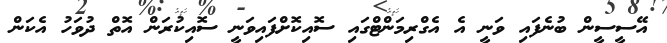
އޭސީސީން ބުނެފައި ވަނީ އެ އެގްރިމަންޓްގައި ސޮއިކޮށްފައިވަނީ ސޮއިކުރަން އޮތް ދުވަހު އެކަން